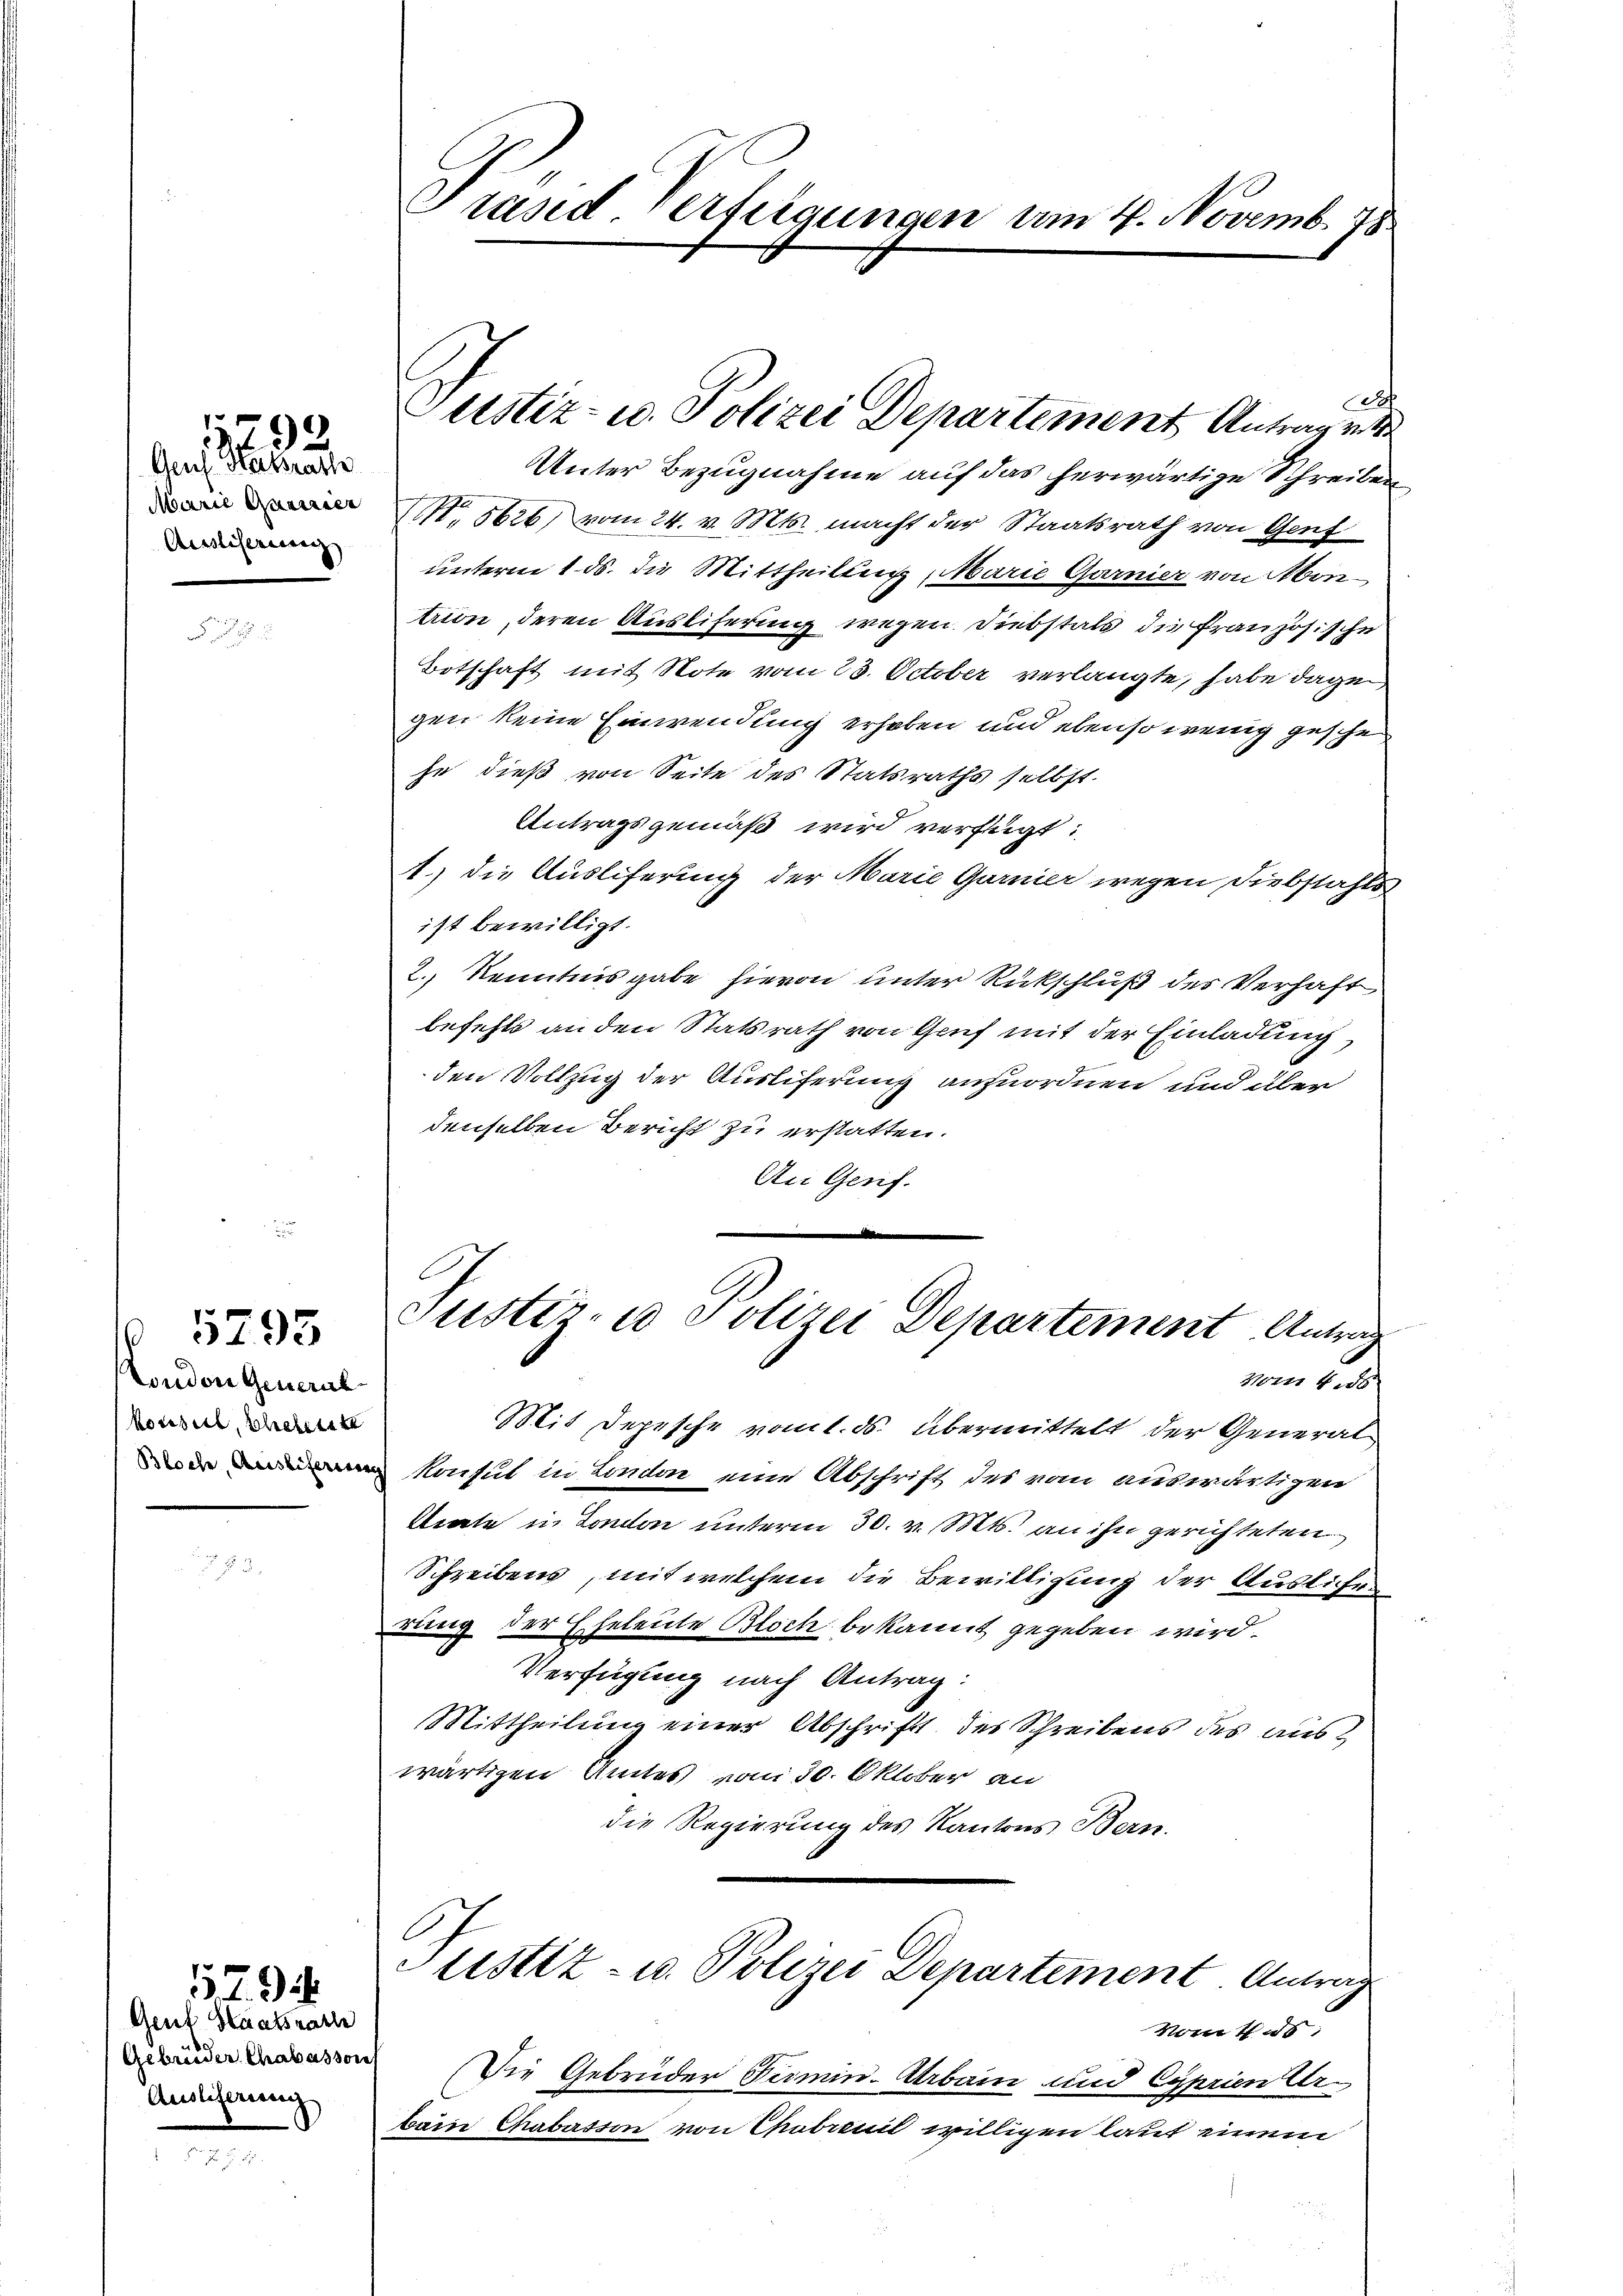
Auch Harksrathe
Marie Quairier
Auslesenen |

1792.

London General
konsul, scheitete

5295

7
Genf Staatsrath
Gebrüder Chabassous
Auslicherung

Präsid. Verteigungen am 4. Novemb. 78

ca
Unter Bezugnahme auf das herwärtige Schreiben
NN. 5626) vom 24. v. Mts. macht der Staatsrath von Genf
unterm 1. ds. die Mittheilung, Marie Garnier von Montrion, deren Ausliferung wegen. Diebstalt die französische
Botschaft mit Note vom 23. October verlangte, habe dage
gen keine Einwendung erhoben und ebenso wenig gesche
he dieß von Seite des Statsraths selbst.
Antragsgemäß wird verfügt:
1.) die Ausliferung der Marie Garnier wegen Diebstahls
ist bewilligt.
2.) Kenntnisgabe hievon unter Rückschluß des Verhaft
befehls an den Statsrath von Gruf mit der Einladung,
den Vollzug der Ausliferung anzuordnen und über
denselben Bericht zu erstatten.
An Genf.

Justiz- u. Polizei Departement Antrag v

Justiz- u Polizei Departement Antrag

Mit Depesche vom 1. ds. übermittelt der General
 Konsul in London eine Abschrift des vom auswärtigen
Arate in London unterm 30. v. Mts. an ihn gerichteten
Schreibens, mit welchem die Bewilligung der Auslichen
rung der Eheleute Bloch bekannt gegeben wird.
Verfügung nach Antrag:
Mittheilung einer Abschrift des Schreibens des auswärtigen Amtes vom 30. Oktober an
die Regierung des Kantons Bern.

vom 4.

Justiz- u. Polizei Departement Antrag

vom 4. ds.
Die Gebrüder Fermin-Arbain und Cyprien der
barn Chabasson von Chabreit willigen laut einem